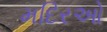
મદિરઓ